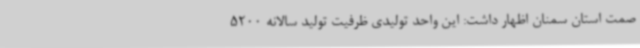
صمت استان سمنان اظهار داشت: این واحد تولیدی ظرفیت تولید سالانه 5200